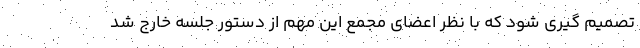
تصمیم گیری شود که با نظر اعضای مجمع این مهم از دستور جلسه خارج شد